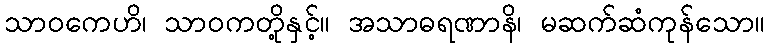
သာဝကေဟိ၊ သာဝကတို့နှင့်။ အသာဓရဏာနိ၊ မဆက်ဆံကုန်သော။